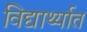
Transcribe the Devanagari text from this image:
विद्यार्थ्यात